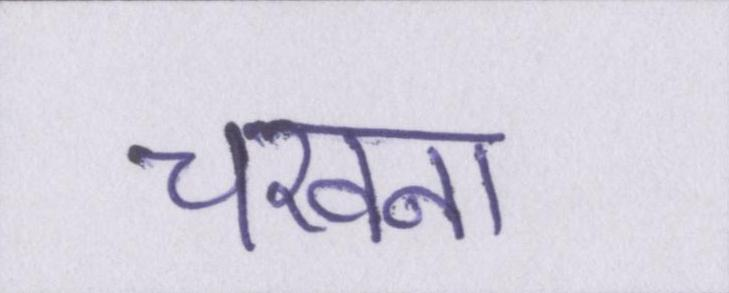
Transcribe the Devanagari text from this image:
चखना